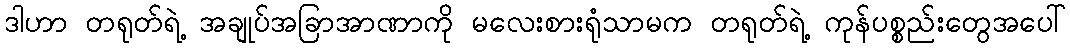
ဒါဟာ တရုတ်ရဲ့ အချုပ်အခြာအာဏာကို မလေးစားရုံသာမက တရုတ်ရဲ့ ကုန်ပစ္စည်းတွေအပေါ်